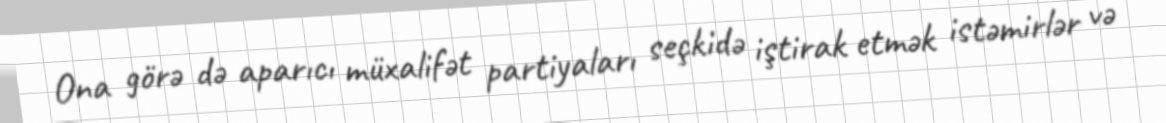
Ona görə də aparıcı müxalifət partiyaları seçkidə iştirak etmək istəmirlər və